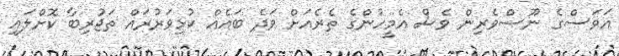
އަވަސްގެ ނޫސްވެރިން ވެސް އެމީހުންގެ ތެރެއަށް ވަދެ ބައެއް ކުޅިވަރުރައް ތަޖުރިބާ ކޮށްލައި